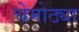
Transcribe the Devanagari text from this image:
चेमोठ्या